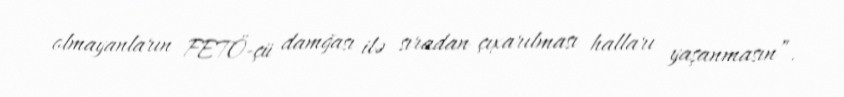
olmayanların FETÖ-çü damğası ilə sıradan çıxarılması halları yaşanmasın”.